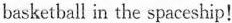
basketball in the spaceship!